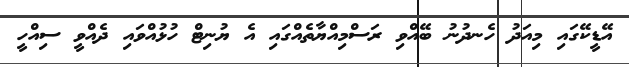
އޭޑީކޭގައި މިއަދު ހެނދުނު ބޭއްވި ރަސްމިއްޔާތެއްގައި އެ ޔުނިޓް ހުޅުއްވައި ދެއްވީ ސިއްހީ